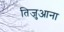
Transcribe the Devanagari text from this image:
तिजुआना